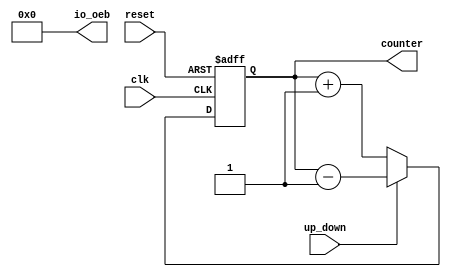
module mariam_updown_counter(
`ifdef USE_POWER_PINS
	inout vccd1,	// User area 1 1.8V power
	inout vssd1,	// User area 1 digital ground
`endif
input clk, reset,up_down, output[3:0]  counter, output wire [3:0]io_oeb);
reg [3:0] counter_up_down;
assign io_oeb= 4'b0000;

// down counter
always @(posedge clk or posedge reset)
begin
	if(reset)
 		counter_up_down <= 4'h0;
	else if(~up_down)
 		counter_up_down <= counter_up_down + 4'd1;
	else
 		counter_up_down <= counter_up_down - 4'd1;
end 
assign counter = counter_up_down;
endmodule